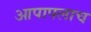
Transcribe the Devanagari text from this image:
आपापलाच